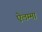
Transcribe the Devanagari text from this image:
ऐलम्मा